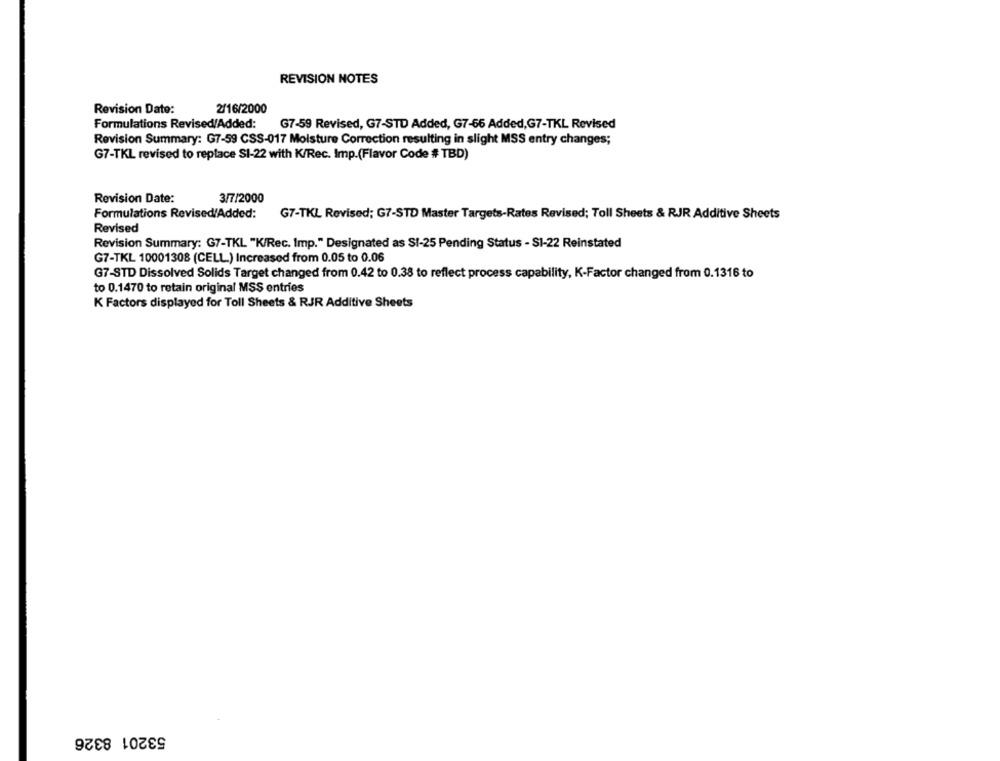
REVISION NOTES
Revision Date:
2/16/2000
Formulations Revised/Added:
G7-59 Revised, G7-STD Added, G7-66 Added, G7-TKL Revised
Revision Summary: G7-59 CSS-017 Moisture Correction resulting in slight MSS entry changes;
G7-TKL revised to replace SI-22 with K/Rec. Imp.(Flavor Code # TBD)
Revision Date:
3/7/2000
Formulations Revised/Added:
G7-TKL Revised; G7-STD Master Targets-Rates Revised; Toll Sheets & RJR Additive Sheets
Revised
Revision Summary: G7-TKL "K/Rec. Imp." Designated as SI-25 Pending Status - SI-22 Reinstated
G7-TKL 10001308 (CELL) Increased from 0.05 to 0.06
G7-STD Dissolved Solids Target changed from 0.42 to 0.38 to reflect process capability, K-Factor changed from 0.1316 to
to 0.1470 to retain original MSS entries
K Factors displayed for Toll Sheets & RJR Additive Sheets
53201 8326